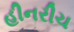
હીનરીચ